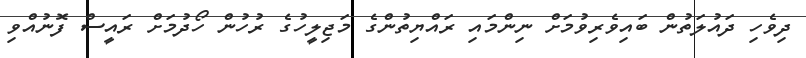
ދިވެހި ދައުލަތުން ބައިވެރިވުމަށް ނިންމައި ރައްޔިތުންގެ މަޖިލީހުގެ ރުހުން ހޯދުމަށް ރައީސް ފޮނުއްވި